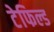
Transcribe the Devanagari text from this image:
टेफिल्ड